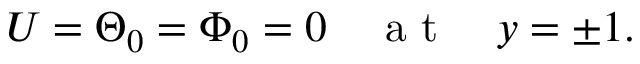
U = \Theta _ { 0 } = \Phi _ { 0 } = 0 \quad \mathrm { ~ a ~ t ~ } \quad y = \pm 1 .